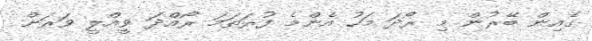
ގެއިން ބޭރުން މި ރޯދަ މަހު އެންމެ ފުރަތަމަ ރޯއްދަ ވީއްލީ ވަރަށް